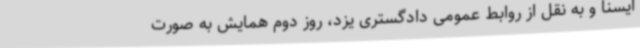
ایسنا و به نقل از روابط عمومی دادگستری یزد، روز دوم همایش به صورت